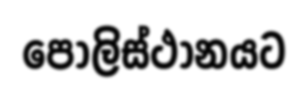
පොලිස්ථානයට